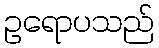
ဥရောပသည်